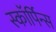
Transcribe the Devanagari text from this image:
स्कॉर्पिन्स